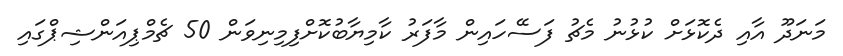
މަނަދޫ އާއި ދެކޮޅަށް ކުޅުނު މެޗު ފަސޭހައިން މާފަރު ކާމިޔާބުކޮށްފިމިނިވަން 50 ޗެމްޕިއަންޝިޕްގައި